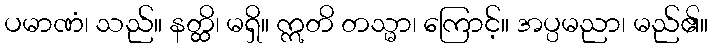
ပမာဏံ၊ သည်။ နတ္ထိ၊ မရှိ။ ဣတိ တသ္မာ၊ ကြောင့်။ အပ္ပမညာ၊ မည်၏။